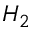
H _ { 2 }